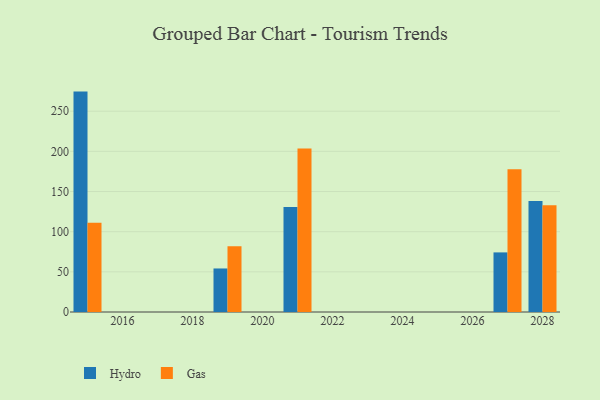
{"axis": {"x": "Year", "y": "Shipments"}, "legend": ["Gas", "Hydro"], "data": [{"x": "2015", "y": 274.4, "type": "Hydro"}, {"x": "2015", "y": 111.0, "type": "Gas"}, {"x": "2019", "y": 54.2, "type": "Hydro"}, {"x": "2019", "y": 82.0, "type": "Gas"}, {"x": "2028", "y": 138.3, "type": "Hydro"}, {"x": "2028", "y": 132.8, "type": "Gas"}, {"x": "2021", "y": 130.6, "type": "Hydro"}, {"x": "2021", "y": 203.5, "type": "Gas"}, {"x": "2027", "y": 74.2, "type": "Hydro"}, {"x": "2027", "y": 177.8, "type": "Gas"}]}